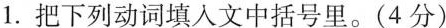
1.把下列动词填入文中括号里。(4分)